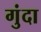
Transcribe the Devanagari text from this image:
गुंदा